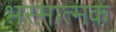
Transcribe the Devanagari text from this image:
भस्मात्मक